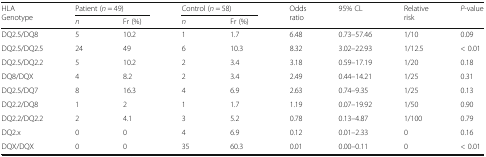
| <ROWSPAN=2> HLAGenotype | <COLSPAN=2> Patient (n = 49) | <COLSPAN=2> Control (n = 58) | <ROWSPAN=2> Odds ratio | <ROWSPAN=2> 95% CL | <ROWSPAN=2> Relative risk | <ROWSPAN=2> P-value |
 | n | Fr (%) | n | Fr (%) |
 | --- | --- | --- | --- | --- | --- | --- | --- | --- |
 | DQ2.5/DQ8 | 5 | 10.2 | 1 | 1.7 | 6.48 | 0.73–57.46 | 1/10 | 0.09 |
 | DQ2.5/DQ2.5 | 24 | 49 | 6 | 10.3 | 8.32 | 3.02–22.93 | 1/12.5 | < 0.01 |
 | DQ2.5/DQ2.2 | 5 | 10.2 | 2 | 3.4 | 3.18 | 0.59–17.19 | 1/20 | 0.18 |
 | DQ8/DQX | 4 | 8.2 | 2 | 3.4 | 2.49 | 0.44–14.21 | 1/25 | 0.31 |
 | DQ2.5/DQ7 | 8 | 16.3 | 4 | 6.9 | 2.63 | 0.74–9.35 | 1/25 | 0.13 |
 | DQ2.2/DQ8 | 1 | 2 | 1 | 1.7 | 1.19 | 0.07–19.92 | 1/50 | 0.90 |
 | DQ2.2/DQ2.2 | 2 | 4.1 | 3 | 5.2 | 0.78 | 0.13–4.87 | 1/100 | 0.79 |
 | DQ2.x | 0 | 0 | 4 | 6.9 | 0.12 | 0.01–2.33 | 0 | 0.16 |
 | DQX/DQX | 0 | 0 | 35 | 60.3 | 0.01 | 0.00–0.11 | 0 | < 0.01 |